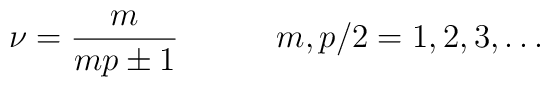
\nu =\frac{m}{mp\pm 1}\qquad \quad m,p/2=1,2,3,\ldots